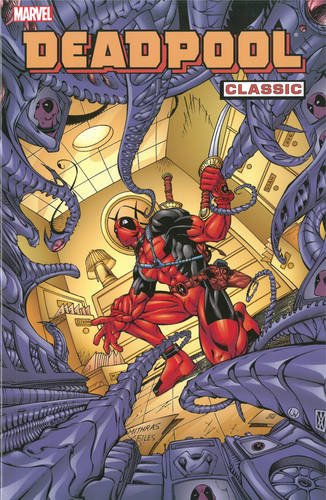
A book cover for Deadpool Classic, Vol. 4; Joe Kelly; Teen & Young Adult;